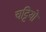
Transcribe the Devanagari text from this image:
चट्टियों